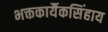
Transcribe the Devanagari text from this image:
भक्तकार्यैकसिंहाय